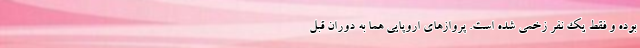
بوده و فقط یک نفر زخمی شده است. پروازهای اروپایی هما به دوران قبل